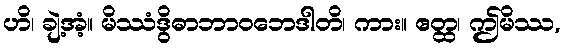
ဟိ၊ ချဲ့အံ့။ မိဿံဒွိဓာဘာဝဘေဒါတိ၊ ကား။ ဧတ္ထ၊ ဤမိဿ,